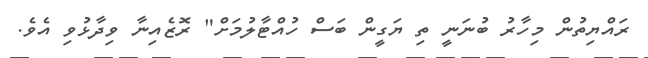
ރައްޔިތުން މިހާރު ބުނަނީ ތި ޔަގީން ބަސް ހުއްޓާލުމަށް" ރޮޒެއިނާ ވިދާޅުވި އެވެ.